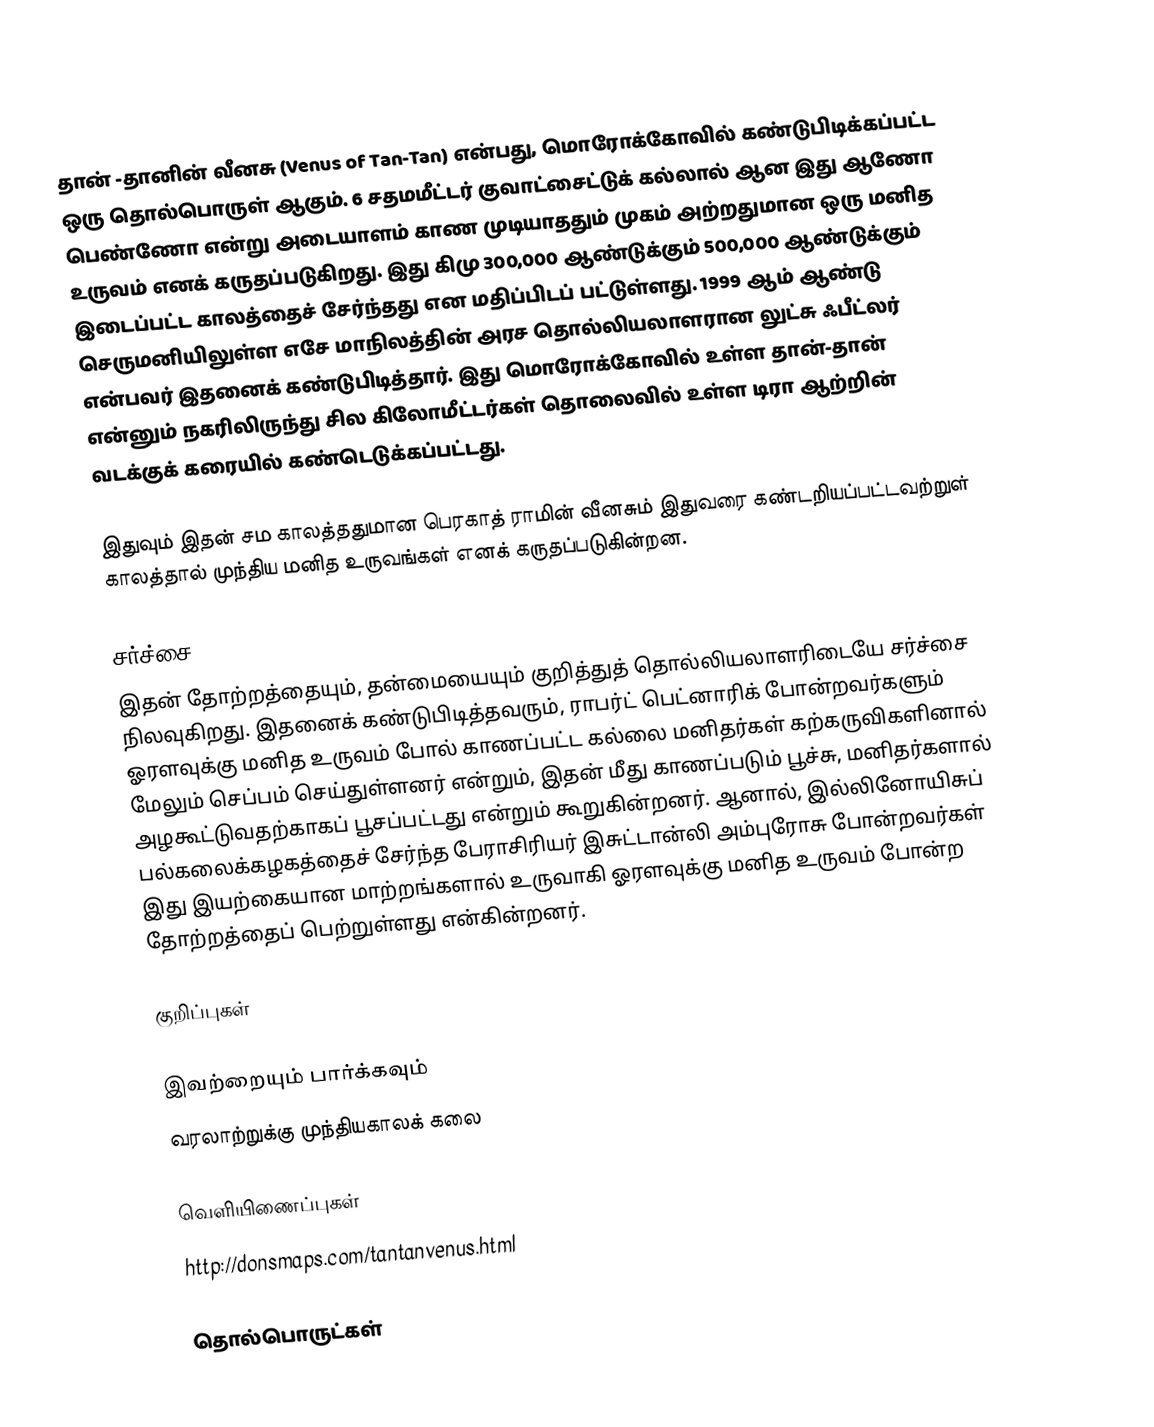
தான் -தானின் வீனசு (Venus of Tan-Tan) என்பது, மொரோக்கோவில் கண்டுபிடிக்கப்பட்ட ஒரு தொல்பொருள் ஆகும். 6 சதமமீட்டர் குவாட்சைட்டுக் கல்லால் ஆன இது ஆணோ பெண்ணோ என்று அடையாளம் காண முடியாததும் முகம் அற்றதுமான ஒரு மனித உருவம் எனக் கருதப்படுகிறது. இது கிமு 300,000 ஆண்டுக்கும் 500,000 ஆண்டுக்கும் இடைப்பட்ட காலத்தைச் சேர்ந்தது என மதிப்பிடப் பட்டுள்ளது. 1999 ஆம் ஆண்டு செருமனியிலுள்ள எசே மாநிலத்தின் அரச தொல்லியலாளரான லுட்சு ஃபீட்லர் என்பவர் இதனைக் கண்டுபிடித்தார். இது மொரோக்கோவில் உள்ள தான்-தான் என்னும் நகரிலிருந்து சில கிலோமீட்டர்கள் தொலைவில் உள்ள  டிரா ஆற்றின் வடக்குக் கரையில் கண்டெடுக்கப்பட்டது.

இதுவும் இதன் சம காலத்ததுமான  பெரகாத் ராமின் வீனசும் இதுவரை கண்டறியப்பட்டவற்றுள் காலத்தால் முந்திய மனித உருவங்கள் எனக் கருதப்படுகின்றன.

சர்ச்சை
இதன் தோற்றத்தையும், தன்மையையும் குறித்துத் தொல்லியலாளரிடையே சர்ச்சை நிலவுகிறது. இதனைக் கண்டுபிடித்தவரும், ராபர்ட் பெட்னாரிக் போன்றவர்களும் ஓரளவுக்கு மனித உருவம் போல் காணப்பட்ட கல்லை மனிதர்கள் கற்கருவிகளினால் மேலும் செப்பம் செய்துள்ளனர் என்றும், இதன் மீது காணப்படும் பூச்சு, மனிதர்களால் அழகூட்டுவதற்காகப் பூசப்பட்டது என்றும் கூறுகின்றனர். ஆனால், இல்லினோயிசுப் பல்கலைக்கழகத்தைச் சேர்ந்த பேராசிரியர் இசுட்டான்லி அம்புரோசு போன்றவர்கள் இது இயற்கையான மாற்றங்களால் உருவாகி ஓரளவுக்கு மனித உருவம் போன்ற தோற்றத்தைப் பெற்றுள்ளது என்கின்றனர்.

குறிப்புகள்

இவற்றையும் பார்க்கவும்
 வரலாற்றுக்கு முந்தியகாலக் கலை

வெளியிணைப்புகள்
http://donsmaps.com/tantanvenus.html

தொல்பொருட்கள்